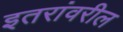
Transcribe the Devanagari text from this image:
इतरांवरील